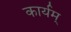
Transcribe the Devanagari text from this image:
कार्यम्